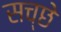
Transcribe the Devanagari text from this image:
सच्छे